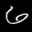
Label: 6